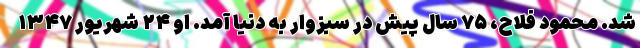
شد. محمود فلاح، ۷۵ سال پیش در سبزوار به دنیا آمد. او ۲۴ شهریور ۱۳۴۷